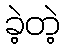
ခဲ့တဲ့